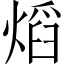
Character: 熖